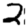
Digit: 2